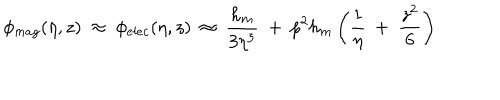
\phi _ { m a g } ( \eta , z ) ~ \approx ~ \phi _ { e l e c } ( \eta , z ) ~ \approx ~ \frac { h _ { m } } { 3 \eta ^ { 3 } } ~ + ~ p ^ { 2 } h _ { m } \left( \frac 1 \eta ~ + ~ \frac { z ^ { 2 } } 6 \right)